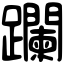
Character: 躝